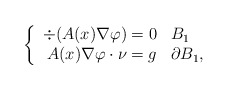
\begin{align*}\left\{\begin{array}{rl}\div(A(x) \nabla \varphi) = 0 & B_1\\A(x) \nabla \varphi \cdot \nu = g & \partial B_1,\end{array}\right.\end{align*}